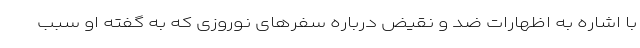
با اشاره به اظهارات ضد و نقیض درباره سفرهای نوروزی که به گفته او سبب